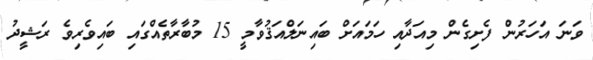
ވަނަ އަހަރުން ފެށިގެން މިއަދާއި ހަމައަށް ބައިނަލްއަޤުވާމީ 15 މުބާރާތެއްގައި ބައިވެރިވެ ރަޝީދު